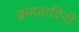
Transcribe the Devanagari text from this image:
ब्रम्हवादिनी